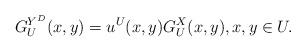
LaTeX: \begin{align*}G^{Y^D}_U(x,y)=u^U(x,y)G_U^X(x,y), x,y\in U.\end{align*}